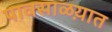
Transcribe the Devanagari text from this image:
पावसाळय़ात